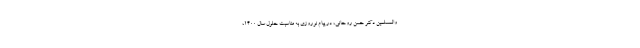
والمسلمین دکتر حسن روحانی، در پیام نوروزی به مناسبت حلول سال 1400،